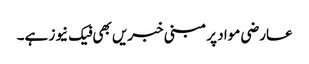
عارضی مواد پر مبنی خبریں بھی فیک نیوز ہے۔